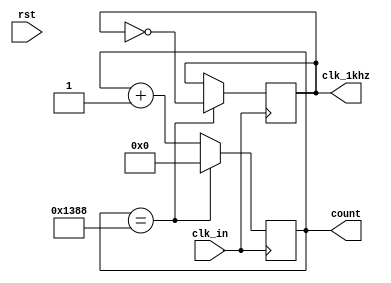
`timescale 1ns / 1ps
//////////////////////////////////////////////////////////////////////////////////
// Company: 
// Engineer: 
// 
// Design Name: 
// Module Name:    clock_divider 
// Project Name: 
// Target Devices: 
// Tool versions: 
// Description: 
//
// Dependencies: 
//
// Revision: 
// Revision 0.01 - File Created
// Additional Comments: 
//
//////////////////////////////////////////////////////////////////////////////////
module clock_divider(
    output reg clk_1khz,
	 input clk_in,
	 input rst,
    output reg [15:0] count
    );

initial 
	begin
		clk_1khz = 1'b0;
		count = 16'b0;
	end 
	
	//while the counter arrive to the constant, it resets and flip the clk_1khz
	always @ (posedge clk_in) begin
		count <= count + 1'b1;
		if (count == 5000) begin						//10khz -> 5000 clock cycles for clk_1hz to flip its value.
			clk_1khz <= ~clk_1khz;
			count <= 16'b0;
		end
	end


endmodule